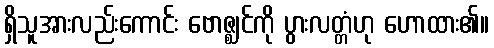
ရှိသူအားလည်းကောင်း ဗောဇ္ဈင်ကို ပွားလတ္တံဟု ဟောထား၏။